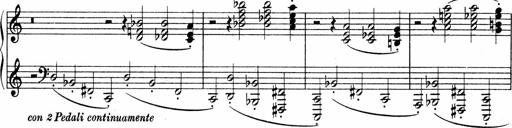
Title: Sonatina No.4
Composer: Abram Kimmell
Key: E minor